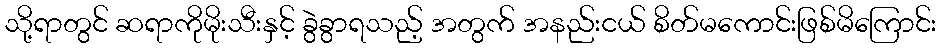
သို့ရာတွင် ဆရာကိုမိုးသီးနှင့် ခွဲခွာရသည့် အတွက် အနည်းငယ် စိတ်မကောင်းဖြစ်မိကြောင်း